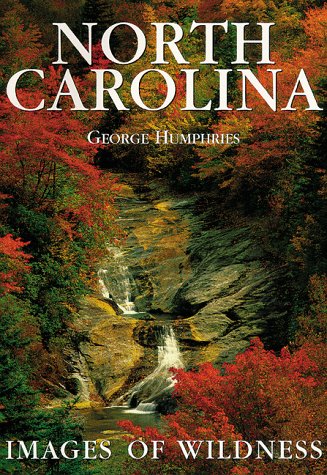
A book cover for North Carolina: Images of Wildness; Travel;